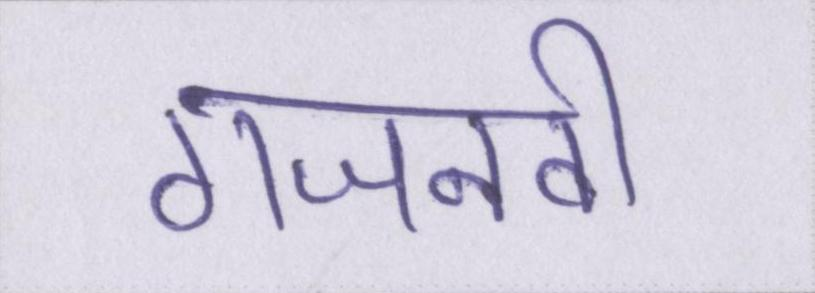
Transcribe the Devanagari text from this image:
गजनवी